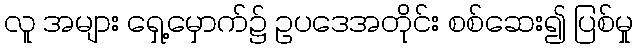
လူ အများ ရှေ့မှောက်၌ ဥပဒေအတိုင်း စစ်ဆေး၍ ပြစ်မှု